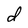
Character: d